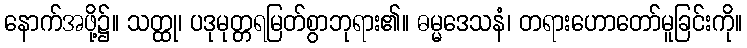
နောက်အဖို့၌။ သတ္ထု၊ ပဒုမုတ္တရမြတ်စွာဘုရား၏။ ဓမ္မဒေသနံ၊ တရားဟောတော်မူခြင်းကို။